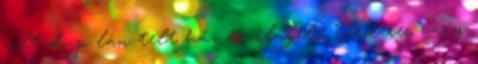
volt dup­ lán telt ház a világelső Federer vagy